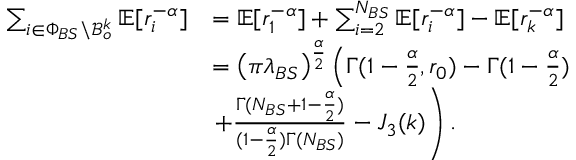
\begin{array} { r l } { \sum _ { i \in \Phi _ { B S } \backslash \mathcal { B } _ { o } ^ { k } } \mathbb { E } [ r _ { i } ^ { - \alpha } ] } & { = \mathbb { E } [ r _ { 1 } ^ { - \alpha } ] + \sum _ { i = 2 } ^ { N _ { B S } } \mathbb { E } [ r _ { i } ^ { - \alpha } ] - \mathbb { E } [ r _ { k } ^ { - \alpha } ] } \\ & { = \left( \pi \lambda _ { B S } \right) ^ { \frac { \alpha } { 2 } } \left( \Gamma ( 1 - \frac { \alpha } { 2 } , r _ { 0 } ) - { \Gamma ( 1 - \frac { \alpha } { 2 } ) } \right. } \\ & { \left. + \frac { \Gamma ( N _ { B S } + 1 - \frac { \alpha } { 2 } ) } { ( 1 - \frac { \alpha } { 2 } ) \Gamma ( N _ { B S } ) } - J _ { 3 } ( k ) \right) . } \end{array}